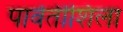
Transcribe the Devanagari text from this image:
पार्वतीशिला